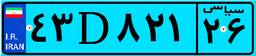
۷۸D۴۱۷۵۸